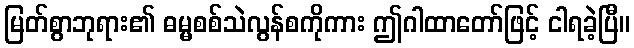
မြတ်စွာဘုရား၏ ဓမ္မစစ်သဲလွန်စကိုကား ဤဂါထာတော်ဖြင့် ငါရခဲ့ပြီ။